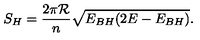
S _ { H } = \frac { 2 \pi { \cal R } } { n } \sqrt { E _ { B H } ( 2 E - E _ { B H } ) } .